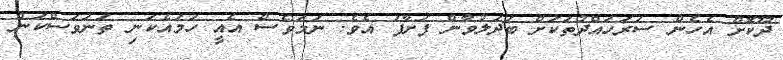
ދޫކޮށް އެހެން ސަރަހައްދުތަކަށް ބަދަލުވާން ފަށާފަ އެވެ. ނަމަވެސް އެއީ ހަމައެކަނި ތަނަވަސްކަން